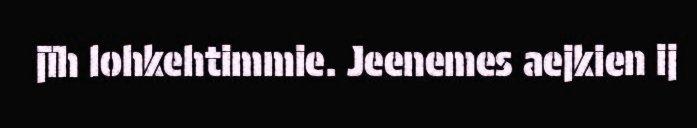
jïh lohkehtimmie. Jeenemes aejkien ij